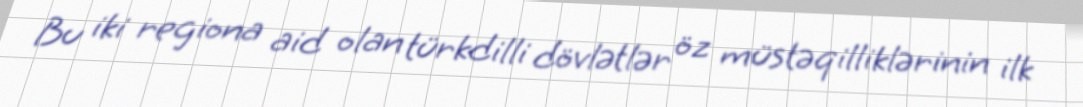
Bu iki regiona aid olan türkdilli dövlətlər öz müstəqilliklərinin ilk